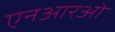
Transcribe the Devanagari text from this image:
एनआरओ